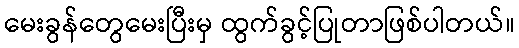
မေးခွန်တွေမေးပြီးမှ ထွက်ခွင့်ပြုတာဖြစ်ပါတယ်။